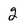
Character: 2